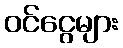
ဝင်ငွေများ